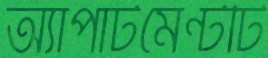
অ্যাপার্টমেন্টটি